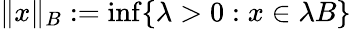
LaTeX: \| x\| _{B}:=\operatorname*{inf}\{ \lambda>0:x\in\lambda B\}